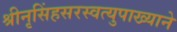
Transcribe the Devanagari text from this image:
श्रीनृसिंहसरस्वत्युपाख्याने